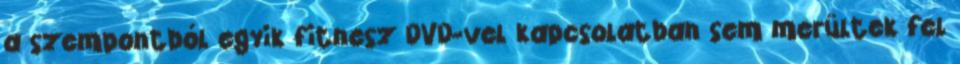
a szempontból egyik fitnesz DVD-vel kapcsolatban sem merültek fel